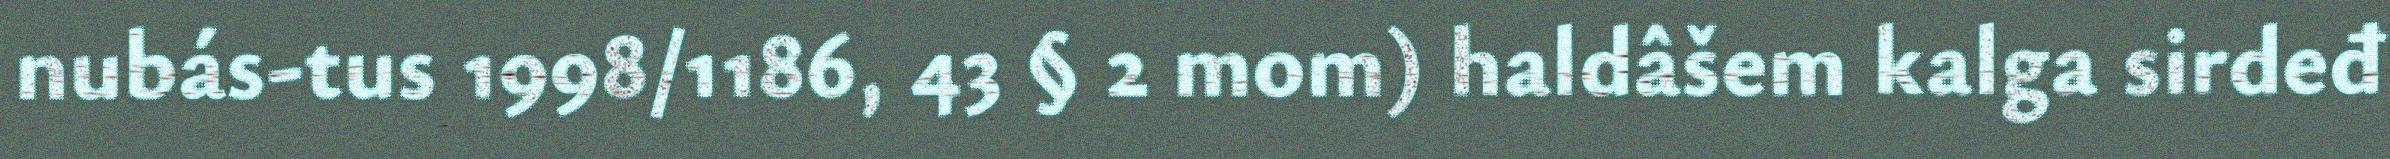
nubás-tus 1998/1186, 43 § 2 mom) haldâšem kalga sirdeđ